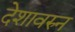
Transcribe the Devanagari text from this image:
देशावरुन